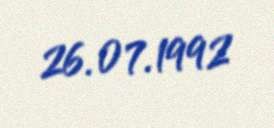
26.07.1992